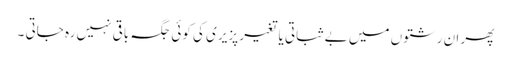
پھر ان رشتوں میں بے ثباتی یا تغیر پزیری کی کوئی جگہ باقی نہیں رہ جاتی ۔